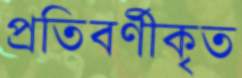
প্রতিবর্ণীকৃত